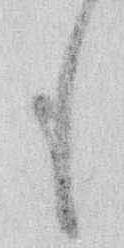
も